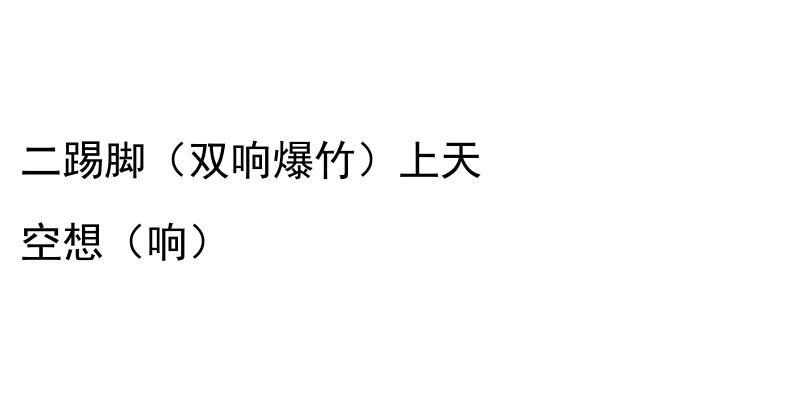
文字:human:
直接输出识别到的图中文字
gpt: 二踢脚（双响爆竹）上天 空想（响）